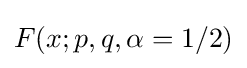
F(x;p,q,\alpha =1/2)